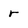
Character: r